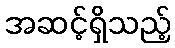
အဆင့်ရှိသည့်